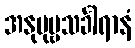
အနုပုဗ္ဗသင်္ခါရာနံ